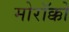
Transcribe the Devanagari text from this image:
मोरॉक्को